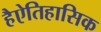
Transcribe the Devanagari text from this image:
हैऐतिहासिक